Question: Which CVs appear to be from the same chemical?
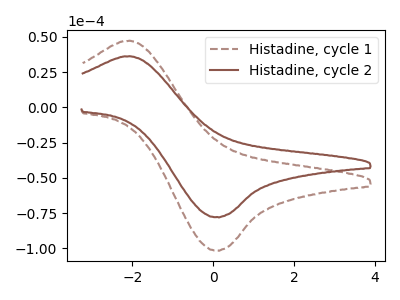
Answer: <think>The brown dashed curve "Histadine, cycle 1" has an anodic peak at (-2.15V, 47.15uA) and a cathodic peak at (0.10V, -101.35uA). The brown curve "Histadine, cycle 2" has an anodic peak at (-2.15V, 36.15uA) and a cathodic peak at (0.10V, -77.80uA).
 All the peaks in "Histadine, cycle 1" have a peak in "Histadine, cycle 2" at the same potential. Every peak in "Histadine, cycle 1" is higher than every peak in "Histadine, cycle 2".</think>
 <answer>"Histadine, cycle 2" and "Histadine, cycle 1" have the same shape and are likely CV's of the same chemical.</answer>
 <eval>"Histadine, cycle 2" "Histadine, cycle 1"</eval>